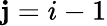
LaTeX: \mathbf{j}=i-1